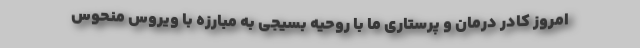
امروز کادر درمان و پرستاری ما با روحیه بسیجی به مبارزه با ویروس منحوس